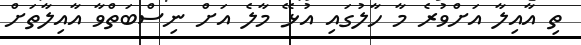
ތި އާއިލާ އަށްވުރެ މާ ހާލުގައި އުޅޭ މާލެ އަށް ނިސްބަތްވާ އާއިލާތަށް